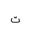
Letter: _ta